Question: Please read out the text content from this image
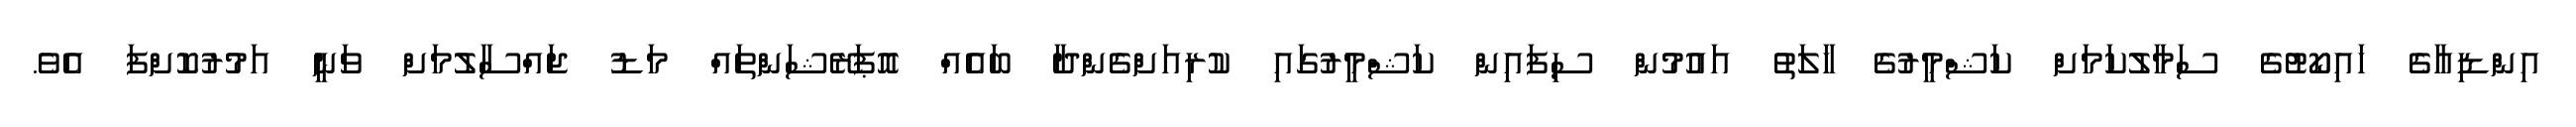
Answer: އިންޑިއާގެ ހައިކޯޓުގެ ސަމާލުކަމަށް ކަޝްމީރުގެ ހާލަތު އައުމުން ސިފައިން ކަޝްމީރުގައި ކުރިއަށްގެންދާ ބައެއް އޮޕަރޭޝަންތައް މަޑު ޖައްސާލުމަށް ވަނީ އަމުރުކޮށްފަ އެވެ.